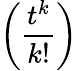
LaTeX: \left({\frac{t^{k}}{k!}}\right)